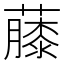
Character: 𧀬